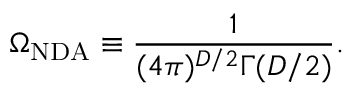
\Omega _ { \mathrm { N D A } } \equiv \frac { 1 } { ( 4 \pi ) ^ { D / 2 } \Gamma ( D / 2 ) } .